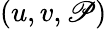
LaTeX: (u,v,\mathscr{P})